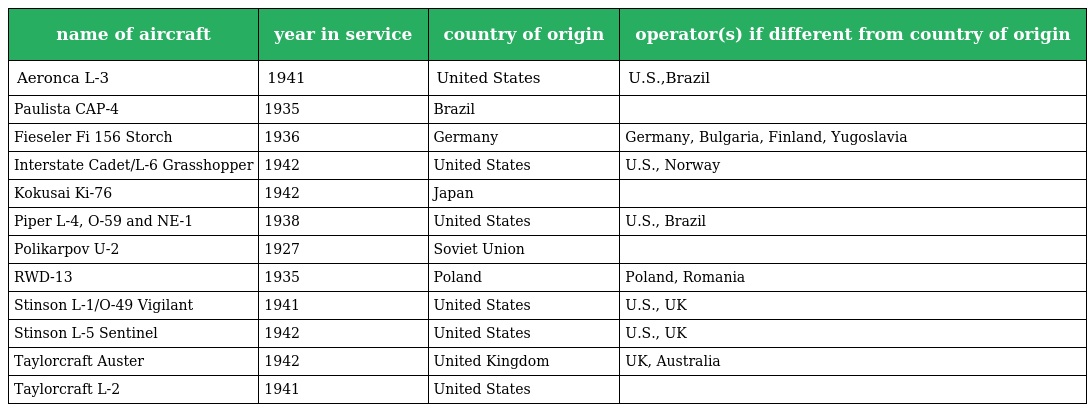
| name of aircraft | year in service | country of origin | operator(s) if different from country of origin |
 | --- | --- | --- | --- |
 | Aeronca L-3 | 1941 | United States | U.S.,Brazil |
 | Paulista CAP-4 | 1935 | Brazil |  |
 | Fieseler Fi 156 Storch | 1936 | Germany | Germany, Bulgaria, Finland, Yugoslavia |
 | Interstate Cadet/L-6 Grasshopper | 1942 | United States | U.S., Norway |
 | Kokusai Ki-76 | 1942 | Japan |  |
 | Piper L-4, O-59 and NE-1 | 1938 | United States | U.S., Brazil |
 | Polikarpov U-2 | 1927 | Soviet Union |  |
 | RWD-13 | 1935 | Poland | Poland, Romania |
 | Stinson L-1/O-49 Vigilant | 1941 | United States | U.S., UK |
 | Stinson L-5 Sentinel | 1942 | United States | U.S., UK |
 | Taylorcraft Auster | 1942 | United Kingdom | UK, Australia |
 | Taylorcraft L-2 | 1941 | United States |  |